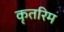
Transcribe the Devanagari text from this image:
कृतरिम